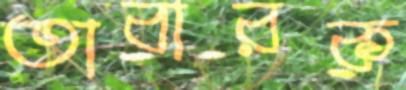
তাবারক